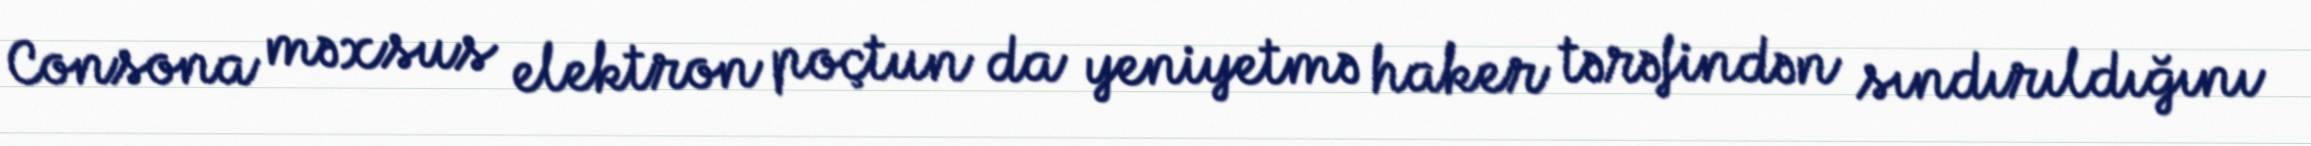
Consona məxsus elektron poçtun da yeniyetmə haker tərəfindən sındırıldığını